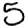
Digit: 5